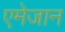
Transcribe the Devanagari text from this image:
एमेजान